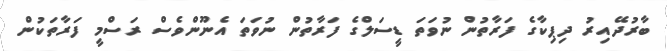
ބާރުދޭއިރު ދިޕިކާގެ ފަރާތުން ނުވަތަ ޑީސަލްގެ ފަރާތުން ނުވަތަ އެނޫންވެސް ރަސްމީ ފަރާތަކުން